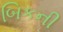
બિકની